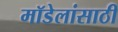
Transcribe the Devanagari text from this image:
मॉडेलांसाठी